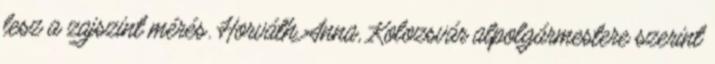
lesz a zajszint mérés. Horváth Anna, Kolozsvár alpolgármestere szerint